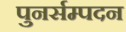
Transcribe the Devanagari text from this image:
पुनर्सम्पदन